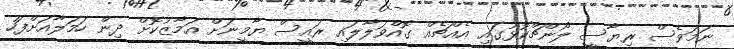
ނަމަވެސް ރިޔާސީ ލޯންޗްކޮޅުގައި އެއްޗެއް ގޮއްވަލާލައި ރައީސް ޔާމީނަށް އަމާޒުކޮށް ދިން ހަމަލާއަށްފަހު